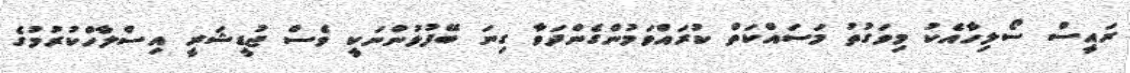
ރައީސް ސޯލިހާއެކު މިވަގުތު މަސައްކަތް ކުރައްވަމުންގެންދަވާ ގިނަ ބޭފުޅުންނަކީ ވެސް ޖުޑީޝަރީ އިސްލާހްކުރުމުގެ